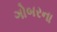
ગોબરના